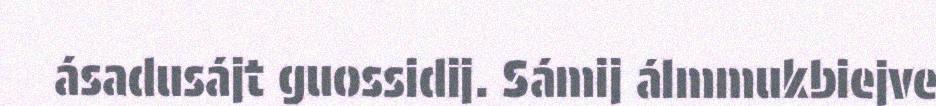
ásadusájt guossidij. Sámij álmmukbiejve